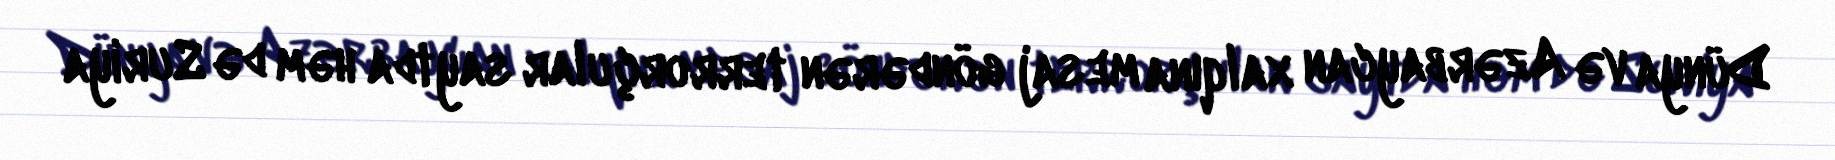
Dünya və Azərbaycan xalqına mesaj göndərən terrorçular saytda həm də Suriya